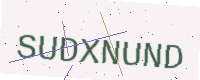
Text: SUDXNUND